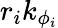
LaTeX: r_{i}k_{\phi_{i}}